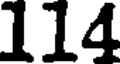
114